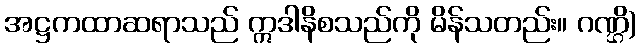
အဋ္ဌကထာဆရာသည် ဣဒါနိစသည်ကို မိန်သတည်း။ ဂဏ္ဌိ)